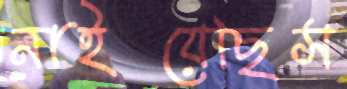
নাইয়েছিস